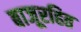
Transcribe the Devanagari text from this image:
बाजूरहित